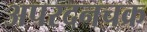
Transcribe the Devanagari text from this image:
अपरदनचक्र